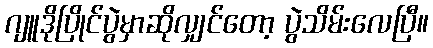
ဂျူဒိုပြိုင်ပွဲမှာဆိုလျှင်တော့ ပွဲသိမ်းလေပြီ။